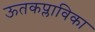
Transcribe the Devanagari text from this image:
ऊतकप्लाविका